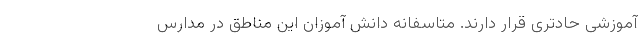
آموزشی حادتری قرار دارند. متاسفانه دانش آموزان این مناطق در مدارس